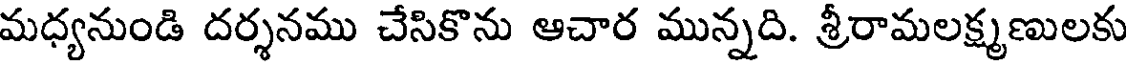
మధ్యనుండి దర్శనము చేసికొను ఆచార మున్నది. శ్రీరామలక్ష్మణులకు